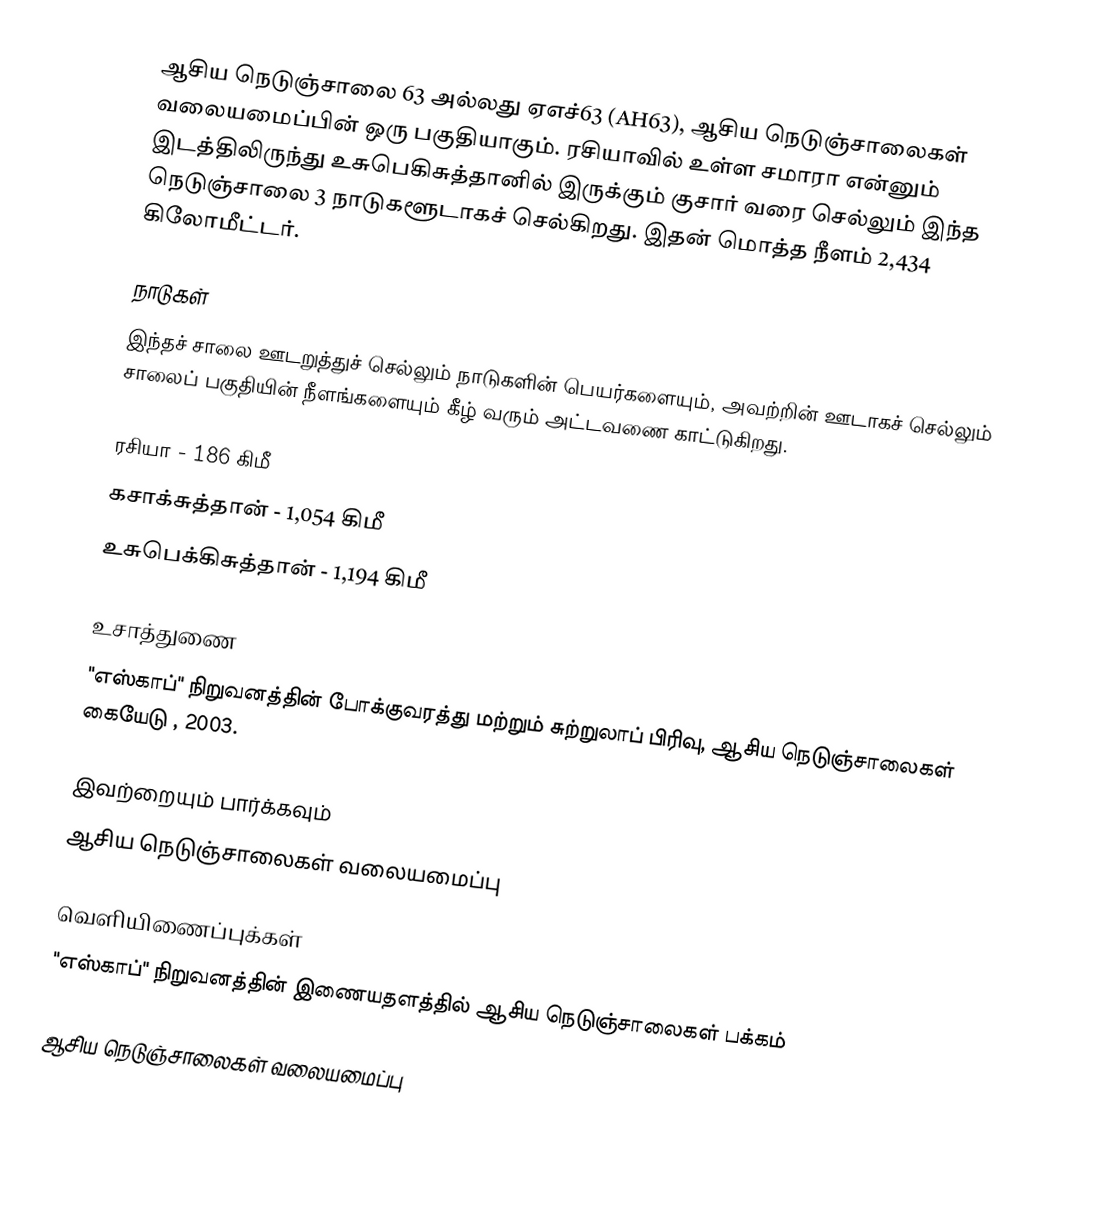
ஆசிய நெடுஞ்சாலை 63 அல்லது ஏஎச்63 (AH63), ஆசிய நெடுஞ்சாலைகள் வலையமைப்பின் ஒரு பகுதியாகும். ரசியாவில் உள்ள சமாரா என்னும் இடத்திலிருந்து உசுபெகிசுத்தானில் இருக்கும் குசார் வரை செல்லும் இந்த நெடுஞ்சாலை 3 நாடுகளூடாகச் செல்கிறது. இதன் மொத்த நீளம் 2,434 கிலோமீட்டர்.

நாடுகள்
இந்தச் சாலை ஊடறுத்துச் செல்லும் நாடுகளின் பெயர்களையும், அவற்றின் ஊடாகச் செல்லும் சாலைப் பகுதியின் நீளங்களையும் கீழ் வரும் அட்டவணை காட்டுகிறது.

 ரசியா - 186 கிமீ
 கசாக்சுத்தான் - 1,054 கிமீ
 உசுபெக்கிசுத்தான் - 1,194 கிமீ

உசாத்துணை
 "எஸ்காப்" நிறுவனத்தின் போக்குவரத்து மற்றும் சுற்றுலாப் பிரிவு, ஆசிய நெடுஞ்சாலைகள் கையேடு , 2003.

இவற்றையும் பார்க்கவும்
 ஆசிய நெடுஞ்சாலைகள் வலையமைப்பு

வெளியிணைப்புக்கள்
 "எஸ்காப்" நிறுவனத்தின் இணையதளத்தில் ஆசிய நெடுஞ்சாலைகள் பக்கம்

 ஆசிய நெடுஞ்சாலைகள் வலையமைப்பு